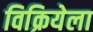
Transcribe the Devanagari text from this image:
विक्रियेला